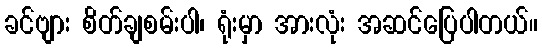
ခင်ဗျား စိတ်ချစမ်းပါ၊ ရုံးမှာ အားလုံး အဆင်ပြေပါတယ်။